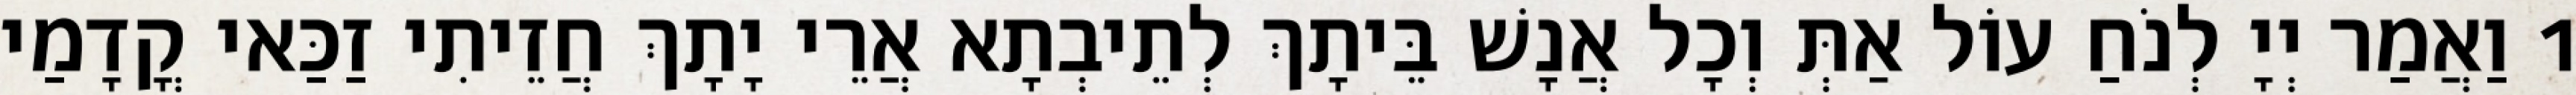
1 וַאֲמַר יְיָ לְנֹחַ עוֹל אַתְּ וְכָל אֲנָשׁ בֵּיתָךְ לְתֵיבְתָא אֲרֵי יָתָךְ חֲזֵיתִי זַכַּאי קֳדָמַי